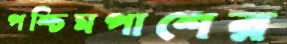
পশ্চিমপাশের